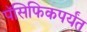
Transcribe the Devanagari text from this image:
पॅसिफिकपर्यंत